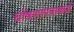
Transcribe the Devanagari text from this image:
घोषणापत्राकडे